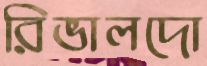
রিভালদো